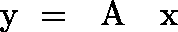
\begin{array} { r } { \ensuremath { { \mathchoice { \mathrm { \boldmath ~ \displaystyle ~ y ~ } } { \mathrm { \boldmath ~ \textstyle ~ y ~ } } { \mathrm { \boldmath ~ \scriptstyle ~ y ~ } } { \mathrm { \boldmath ~ \scriptscriptstyle ~ y ~ } } } } = \ensuremath { { \mathchoice { \mathrm { \boldmath ~ \displaystyle ~ A ~ } } { \mathrm { \boldmath ~ \textstyle ~ A ~ } } { \mathrm { \boldmath ~ \scriptstyle ~ A ~ } } { \mathrm { \boldmath ~ \scriptscriptstyle ~ A ~ } } } } \ensuremath { { \mathchoice { \mathrm { \boldmath ~ \displaystyle ~ x ~ } } { \mathrm { \boldmath ~ \textstyle ~ x ~ } } { \mathrm { \boldmath ~ \scriptstyle ~ x ~ } } { \mathrm { \boldmath ~ \scriptscriptstyle ~ x ~ } } } } } \end{array}